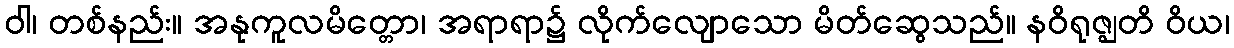
ဝါ၊ တစ်နည်း။ အနုကူလမိတ္တော၊ အရာရာ၌ လိုက်လျောသော မိတ်ဆွေသည်။ နဝိရုဇ္ဈတိ ဝိယ၊